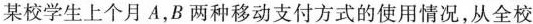
某校学生上个月A，B两种移动支付方式的使用情况，从全校